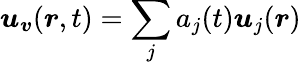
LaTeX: \boldsymbol{u}_{\boldsymbol{v}}(\boldsymbol{r},t)=\sum_{j}{a_{j}(t)\boldsymbol{u}_{j}(\boldsymbol{r})}